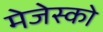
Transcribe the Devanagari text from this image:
मेजेस्‍को